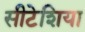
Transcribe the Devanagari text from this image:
सीटेशिया